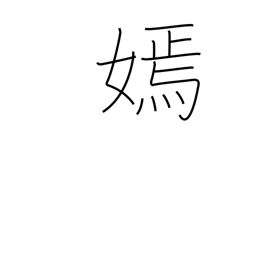
Meaning: beauty